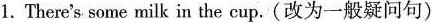
1.There's some milk in the cup.(改为一般疑问句)